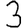
Digit: 3